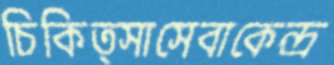
চিকিত্সাসেবাকেন্দ্র